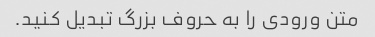
متن ورودی را به حروف بزرگ تبدیل کنید.